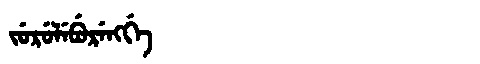
Manchu: ᠵᡠᡵᡠᠯᡝᠪᡠᡵᡝᠩᡤᡝ
Romanization: JURULEBURENGGE